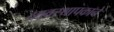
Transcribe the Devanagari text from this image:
व्यवस्थापकाने